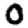
Digit: 0